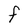
Character: F